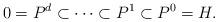
LaTeX: \begin{align*}0 &= P^d \subset \cdots \subset P^1 \subset P^0 = H.\end{align*}